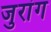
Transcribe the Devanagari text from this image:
जुरांग